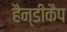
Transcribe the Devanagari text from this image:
हैन्डीकैप